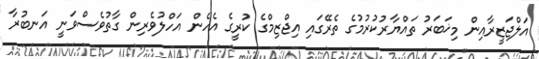
އަލްޖަޒީރާއިން މިޚަބަރު ތައްޔާރުކުރުމުގެ ތެރޭގައި އިޖްޒިމްގެ ކުރީގެ އެހެން އަހްލުވެރިން ގާތުވެސްވަނީ އަނބުރާ